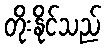
တိုးနိုင်သည်